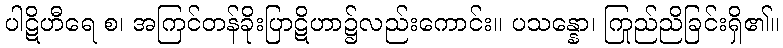
ပါဋိဟီရေ စ၊ အကြင်တန်ခိုးပြာဋိဟာ၌လည်းကောင်း။ ပသန္နော၊ ကြည်ညိုခြင်းရှိ၏။